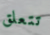
تتعلق